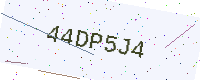
Text: 44DP5J4